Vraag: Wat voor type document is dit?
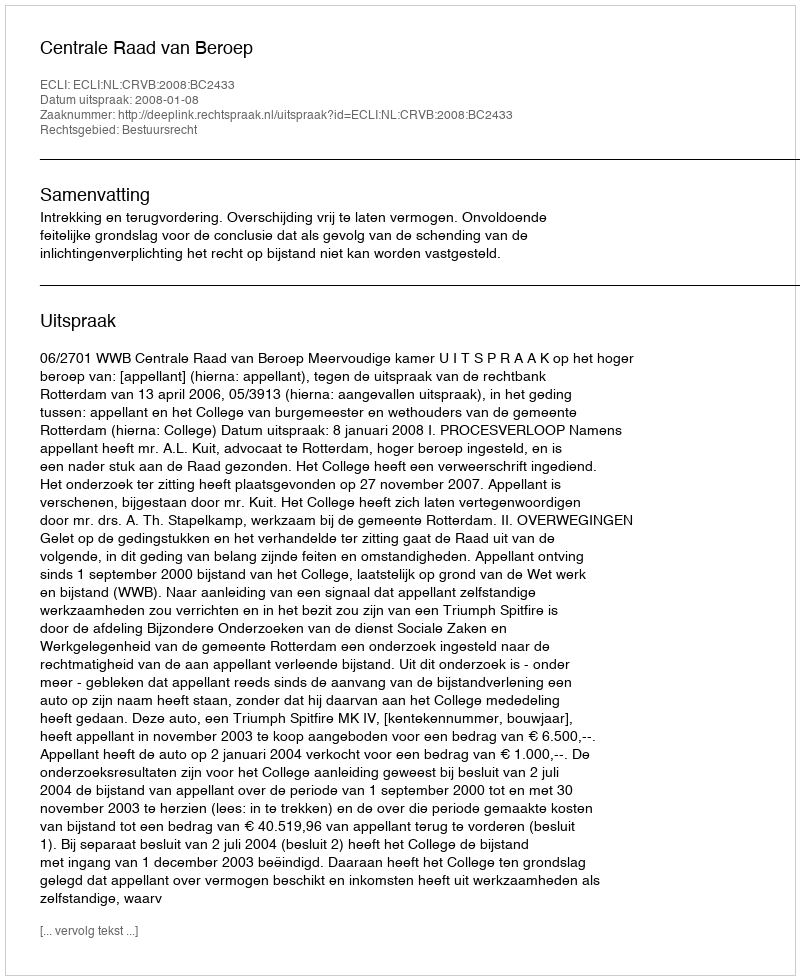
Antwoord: Uitspraak